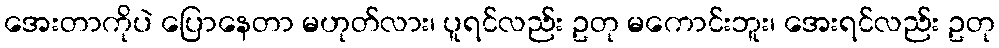
အေးတာကိုပဲ ပြောနေတာ မဟုတ်လား၊ ပူရင်လည်း ဥတု မကောင်းဘူး၊ အေးရင်လည်း ဥတု